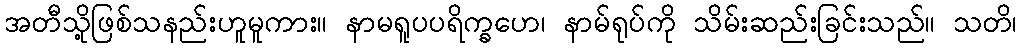
အတီသို့ဖြစ်သနည်းဟူမူကား။ နာမရူပပရိက္ခဟေ၊ နာမ်ရုပ်ကို သိမ်းဆည်းခြင်းသည်။ သတိ၊